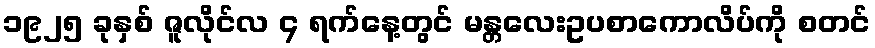
၁၉၂၅ ခုနှစ် ဇူလိုင်လ ၄ ရက်နေ့တွင် မန္တလေးဥပစာကောလိပ်ကို စတင်